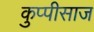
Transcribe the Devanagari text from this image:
कुप्पीसाज